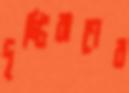
দৃষ্টিবাণের